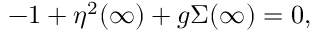
- 1 + \eta ^ { 2 } ( \infty ) + g \Sigma ( \infty ) = 0 ,